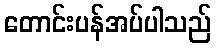
တောင်းပန်အပ်ပါသည်